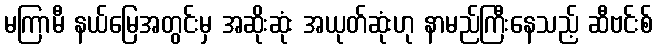
မကြာမီ နယ်မြေအတွင်းမှ အဆိုးဆုံး အယုတ်ဆုံးဟု နာမည်ကြီးနေသည့် ဆီဗင်းစ်